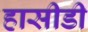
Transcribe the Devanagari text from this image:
हासीडी